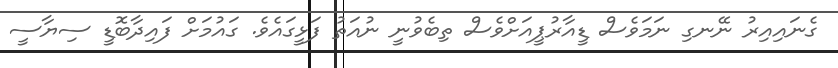
ގެނައިއިރު ނޭނގި ނަމަވެސް ޑީއާރުޕީއަށްވެސް ތިބެވުނީ ނުއަތު ފަޅީގައެވެ. ގައުމަށް ފައިދާބޮޑީ ސިޔާސީ